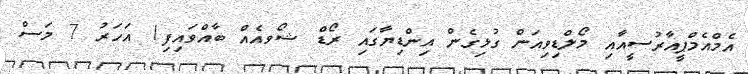
އެމްއެމްޕީއާރުސީއާއި މޯލްޑިވިއަން ގުޅިގެން އިންޑިޔާގައި ރޯޑް ޝޯވއެއް ބާއްވައިފި1 އަހަރު 7 މަސް